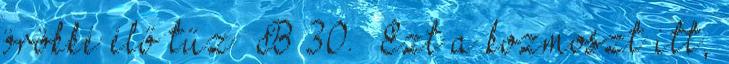
örökké élő tűz B 30. Ezt a kozmoszt itt,